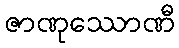
ဇာဏုဿောဏီ